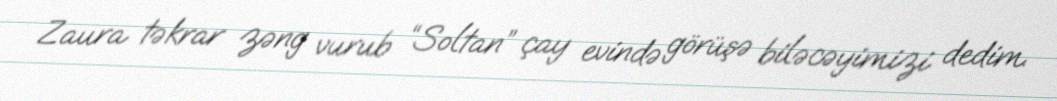
Zaura təkrar zəng vurub “Soltan” çay evində görüşə biləcəyimizi dedim.